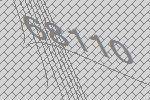
68110